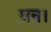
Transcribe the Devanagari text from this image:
घन।